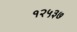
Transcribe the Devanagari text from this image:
१२५३७